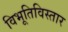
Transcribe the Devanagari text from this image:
विभूतिविस्तार